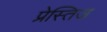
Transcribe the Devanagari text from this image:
प्रेस्तिज